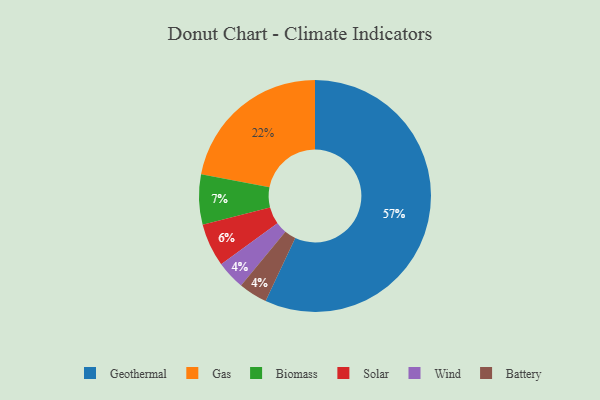
{"axis": {"x": "Category", "y": "Percentage"}, "legend": ["Battery", "Biomass", "Gas", "Geothermal", "Solar", "Wind"], "data": [{"x": "Geothermal", "y": 57, "type": "Geothermal"}, {"x": "Solar", "y": 6, "type": "Solar"}, {"x": "Gas", "y": 22, "type": "Gas"}, {"x": "Biomass", "y": 7, "type": "Biomass"}, {"x": "Wind", "y": 4, "type": "Wind"}, {"x": "Battery", "y": 4, "type": "Battery"}]}